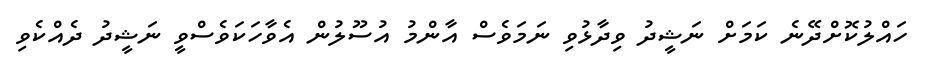
ހައްލުކޮށްދޭނެ ކަމަށް ނަޝީދު ވިދާޅުވި ނަމަވެސް އާންމު އުސޫލުން އެވާހަކަވެސްވީ ނަޝީދު ދެއްކެވި